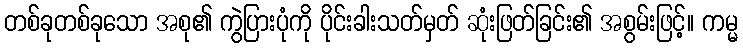
တစ်ခုတစ်ခုသော အစု၏ ကွဲပြားပုံကို ပိုင်းခါးသတ်မှတ် ဆုံးဖြတ်ခြင်း၏ အစွမ်းဖြင့်။ ကမ္မ